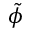
\Tilde { \phi }